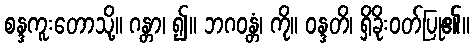
စန္ဒကူးတောသို့။ ဂန္တာ၊ ၍။ ဘဂဝန္တံ၊ ကို။ ဝန္ဒတိ၊ ရှိခိုးဝတ်ပြု၏။